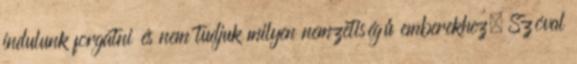
indulunk forgatni és nem tudjuk milyen nemzetiségű emberekhez. Szóval